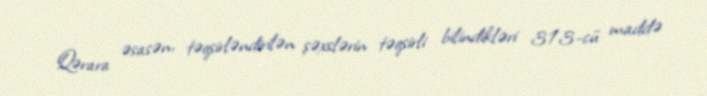
Qərara əsasən, təqsirləndirilən şəxslərin təqsirli bilindikləri 313-cü maddə